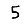
Digit: 5